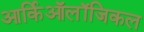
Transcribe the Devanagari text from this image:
आर्किऑलॉजिकल